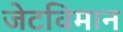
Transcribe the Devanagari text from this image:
जेटविमान